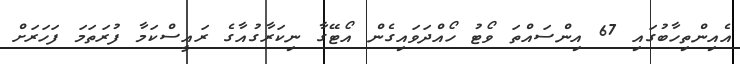
އެއިންތިހާބުގައި 67 އިންސައްތަ ވޯޓު ހޯއްދަވައިގެން އޯޓޭގާ ނިކަރާގުއާގެ ރައީސްކަމާ ފުރަތަމަ ފަހަރަށް